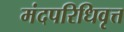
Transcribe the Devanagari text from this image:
मंदपरिधिवृत्त